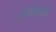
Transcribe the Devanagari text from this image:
सोनिंगी